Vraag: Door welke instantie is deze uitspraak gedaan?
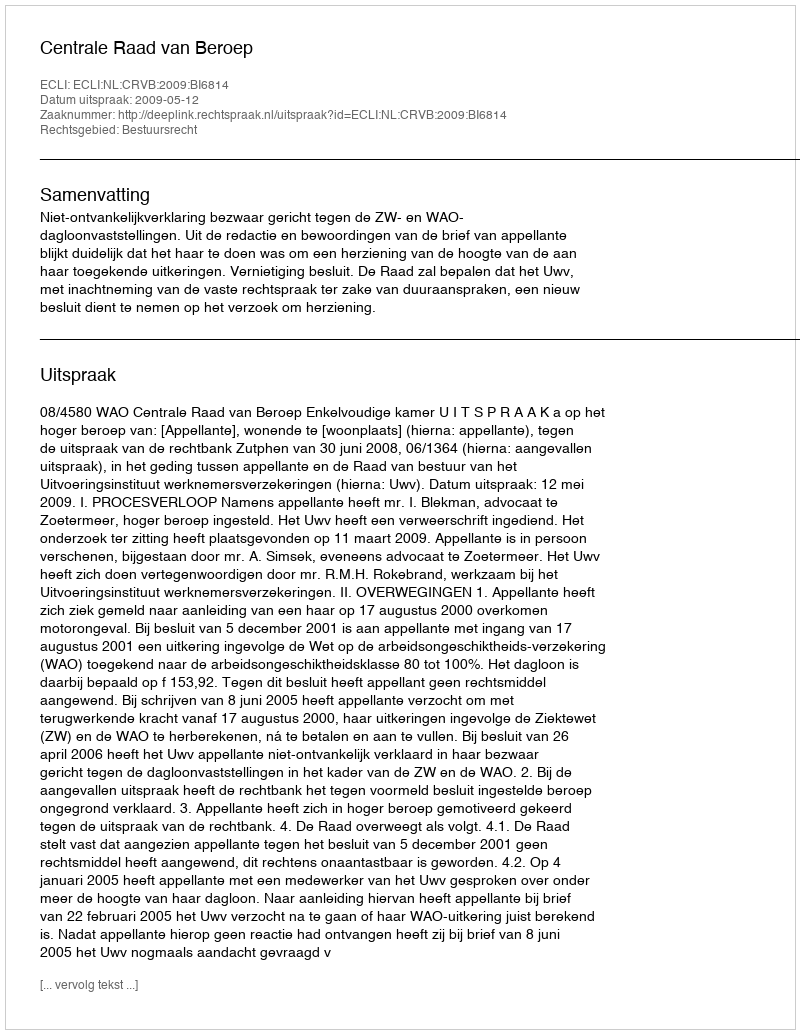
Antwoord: Centrale Raad van Beroep